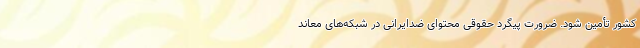
کشور تأمین شود. ضرورت پیگرد حقوقی محتوای ضدایرانی در شبکه‌های معاند